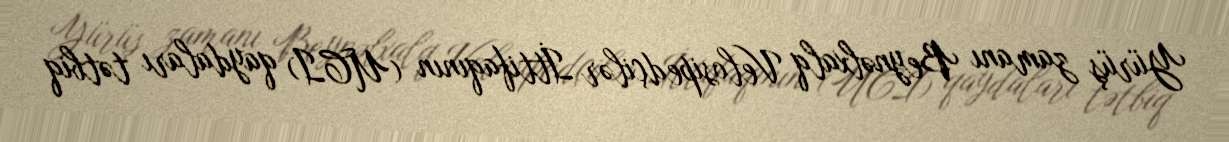
Yürüş zamanı Beynəlxalq Velosipedçilər İttifaqının (UCI) qaydaları tətbiq